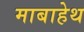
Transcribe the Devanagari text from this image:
माबाहेथ